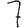
Digit: 7